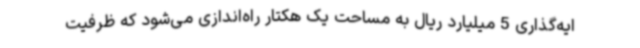
ایه‌گذاری 5 میلیارد ریال به مساحت یک هکتار راه‌اندازی می‌شود که ظرفیت